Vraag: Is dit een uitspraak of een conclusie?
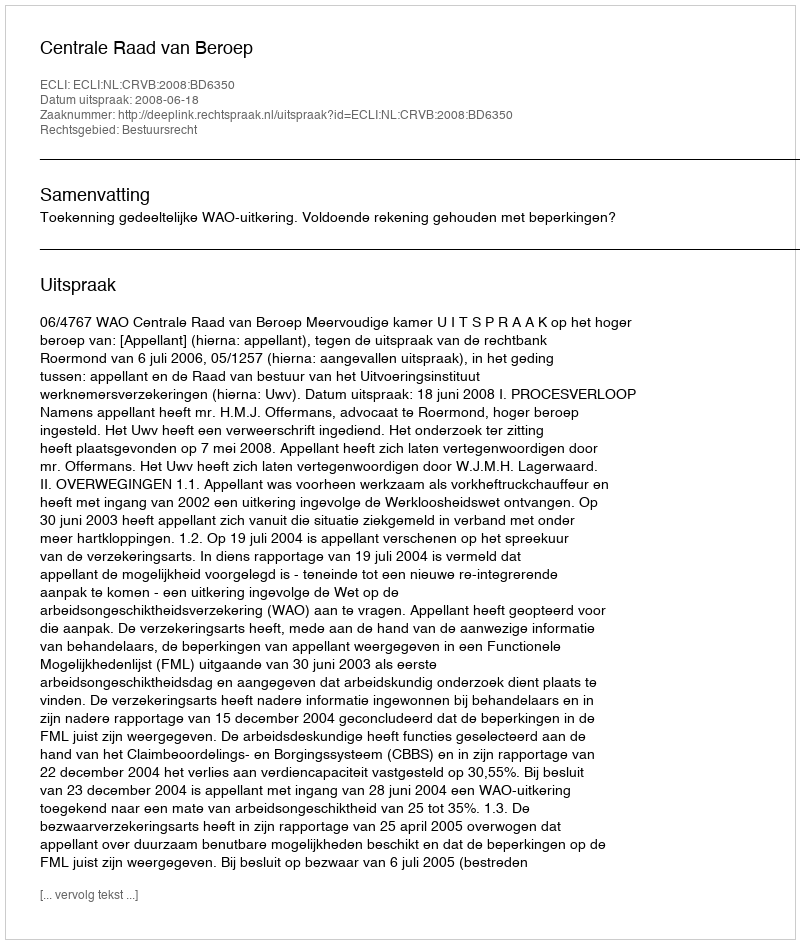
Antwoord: Uitspraak